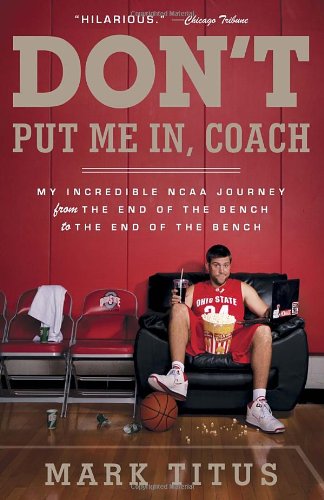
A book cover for Don't Put Me In, Coach: My Incredible NCAA Journey from the End of the Bench to the End of the Bench; Mark Titus; Humor & Entertainment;